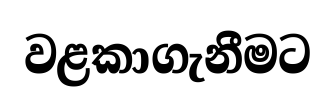
වළකාගැනීමට